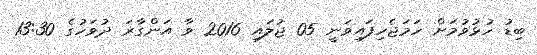
ބިޑު ހުޅުވުމަށް ހަމަޖެހިފައިވަނީ 05 ޖުލައި 2016 ވާ އަންގާރަ ދުވަހުގެ 13:30